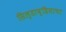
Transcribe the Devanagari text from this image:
सिल्डाव्हियाचा